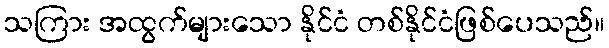
သကြား အထွက်များသော နိုင်ငံ တစ်နိုင်ငံဖြစ်ပေသည်။